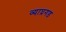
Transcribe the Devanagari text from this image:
व्याघ्रगड